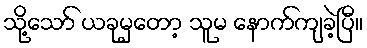
သို့သော် ယခုမှတော့ သူမ နောက်ကျခဲ့ပြီ။